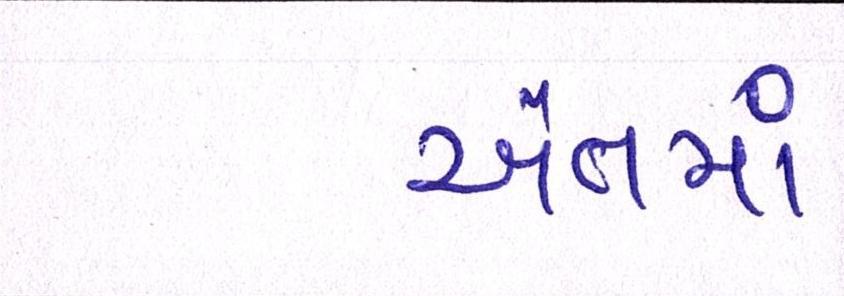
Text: અંતમાં